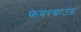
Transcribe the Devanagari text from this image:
फेयरग्राउंड